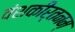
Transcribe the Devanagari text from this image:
वंशकीर्तनम्